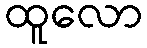
ထူလော